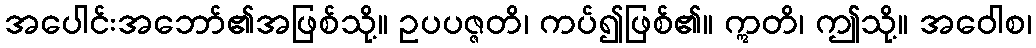
အပေါင်းအဘော်၏အဖြစ်သို့။ ဥပပဇ္ဇတိ၊ ကပ်၍ဖြစ်၏။ ဣတိ၊ ဤသို့။ အဝေါစ၊